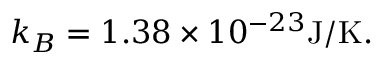
k _ { B } = 1 . 3 8 \times 1 0 ^ { - 2 3 } \mathrm { J / K } .